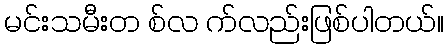
မင်းသမီးတ စ်လ က်လည်းဖြစ်ပါတယ်။